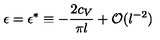
\epsilon = \epsilon ^ { * } \equiv - { \frac { 2 c _ { V } } { \pi l } } + { \cal O } ( l ^ { - 2 } )